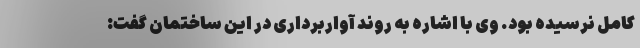
کامل نرسیده بود. وی با اشاره به روند آواربرداری در این ساختمان گفت: